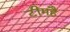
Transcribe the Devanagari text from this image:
टीमहै